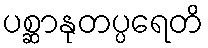
ပစ္ဆာနုတပ္ပရေတိ